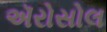
ઍરોસોલ